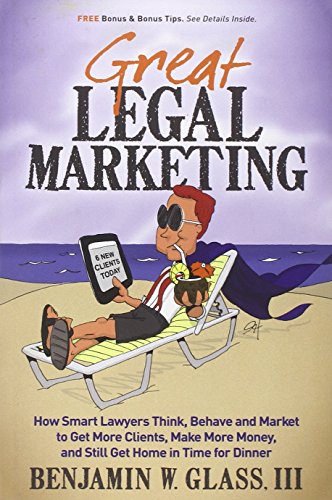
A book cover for Great Legal Marketing: How Smart Lawyers Think, Behave and Market to Get More Clients, Make More Money, and Still Get Home in Time for Dinner; Benjamin W Glass; Business & Money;